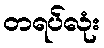
တရပ်လုံး